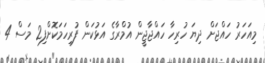
މިއަހަރު ހައްޖަށް ދިޔަ ހުރިހާ ހައްޖާޖީން އުމްރާގެ އަޅުކަން ފުރިހަމަކޮށްފި2 މަސް 4